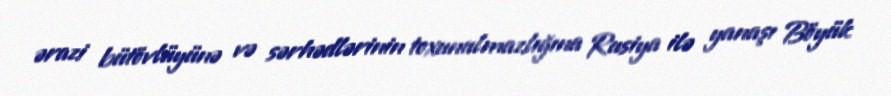
ərazi bütövlüyünə və sərhədlərinin toxunulmazlığına Rusiya ilə yanaşı Böyük